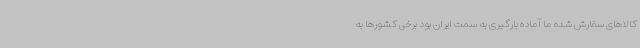
کالاهای سفارش شده ما آماده بارگیری به سمت ایران بود برخی کشورها به